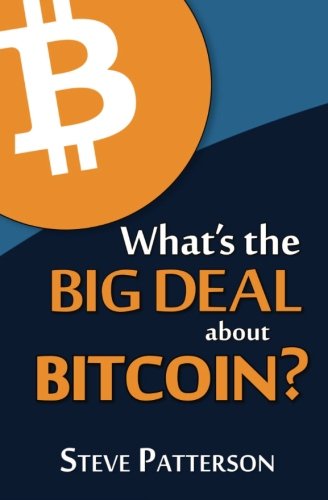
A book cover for What's the Big Deal About Bitcoin?; Steve Patterson; Computers & Technology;